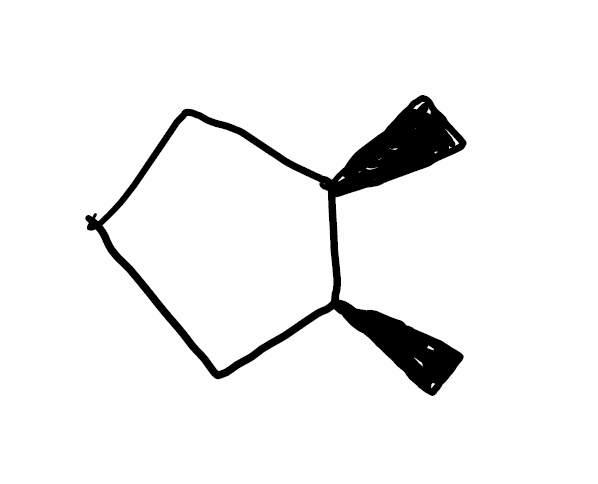
Simplified molecular-input line-entry system (SMILES) notation of the given molecule:
C[C@@H]1CCC[C@@H]1C